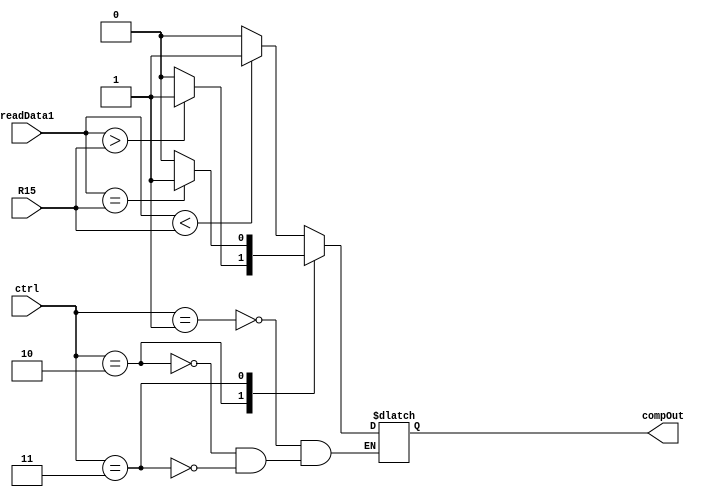
`timescale 1ns / 1ps
//////////////////////////////////////////////////////////////////////////////////
// Company: 
// Engineer: 
// 
// Design Name: 
// Module Name: comparator
// Project Name: 
// Target Devices: 
// Tool Versions: 
// Description: 
// 
// Dependencies: 
// 
// Revision:
// Revision 0.01 - File Created
// Additional Comments:
// 
//////////////////////////////////////////////////////////////////////////////////


module comparator(input [15:0] R15,
                  input [15:0] readData1,
                  input [1:0] ctrl,
                  output reg compOut);
    reg [15:0] r15;
    reg [15:0] read1;
    
    always@(*)
    begin
        r15 <= R15;
        read1 <= readData1;
        
        case(ctrl)
            'h1:                    //(B)ranch on (L)ess (T)han
                if(read1 < r15)     
                    compOut <= 1; 
                else
                    compOut <= 0;
            'h2:                    //(B)ranch on (G)reater (T)han
                if(read1 > r15)
                    compOut <= 1;
                else
                    compOut <= 0;
            'h3:                    //(B)ranch on (EQ)ual
                if(read1 == r15)    
                    compOut <= 1;
                else
                    compOut <= 0;
        endcase
        
    end
    
endmodule